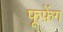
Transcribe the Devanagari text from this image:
फूफ़ेंग